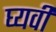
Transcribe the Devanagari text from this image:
घ्यवी